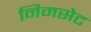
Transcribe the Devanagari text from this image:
निमसेट